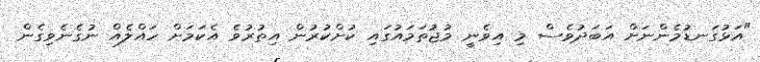
"އަޅުގަނޑުމެންނަށް އަބަދުވެސް މި އިވެނީ މުޖުތަމައުގައި ކުށްކުރުން އިތުރުވެ އެކަމަށް ހައްލެއް ނުގެނެވިގެން